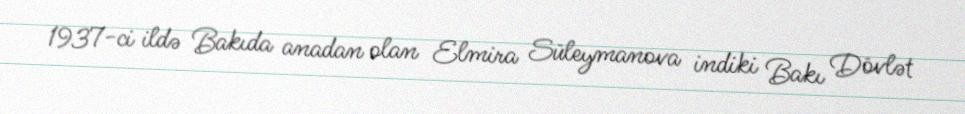
1937-ci ildə Bakıda anadan olan Elmira Süleymanova indiki Bakı Dövlət